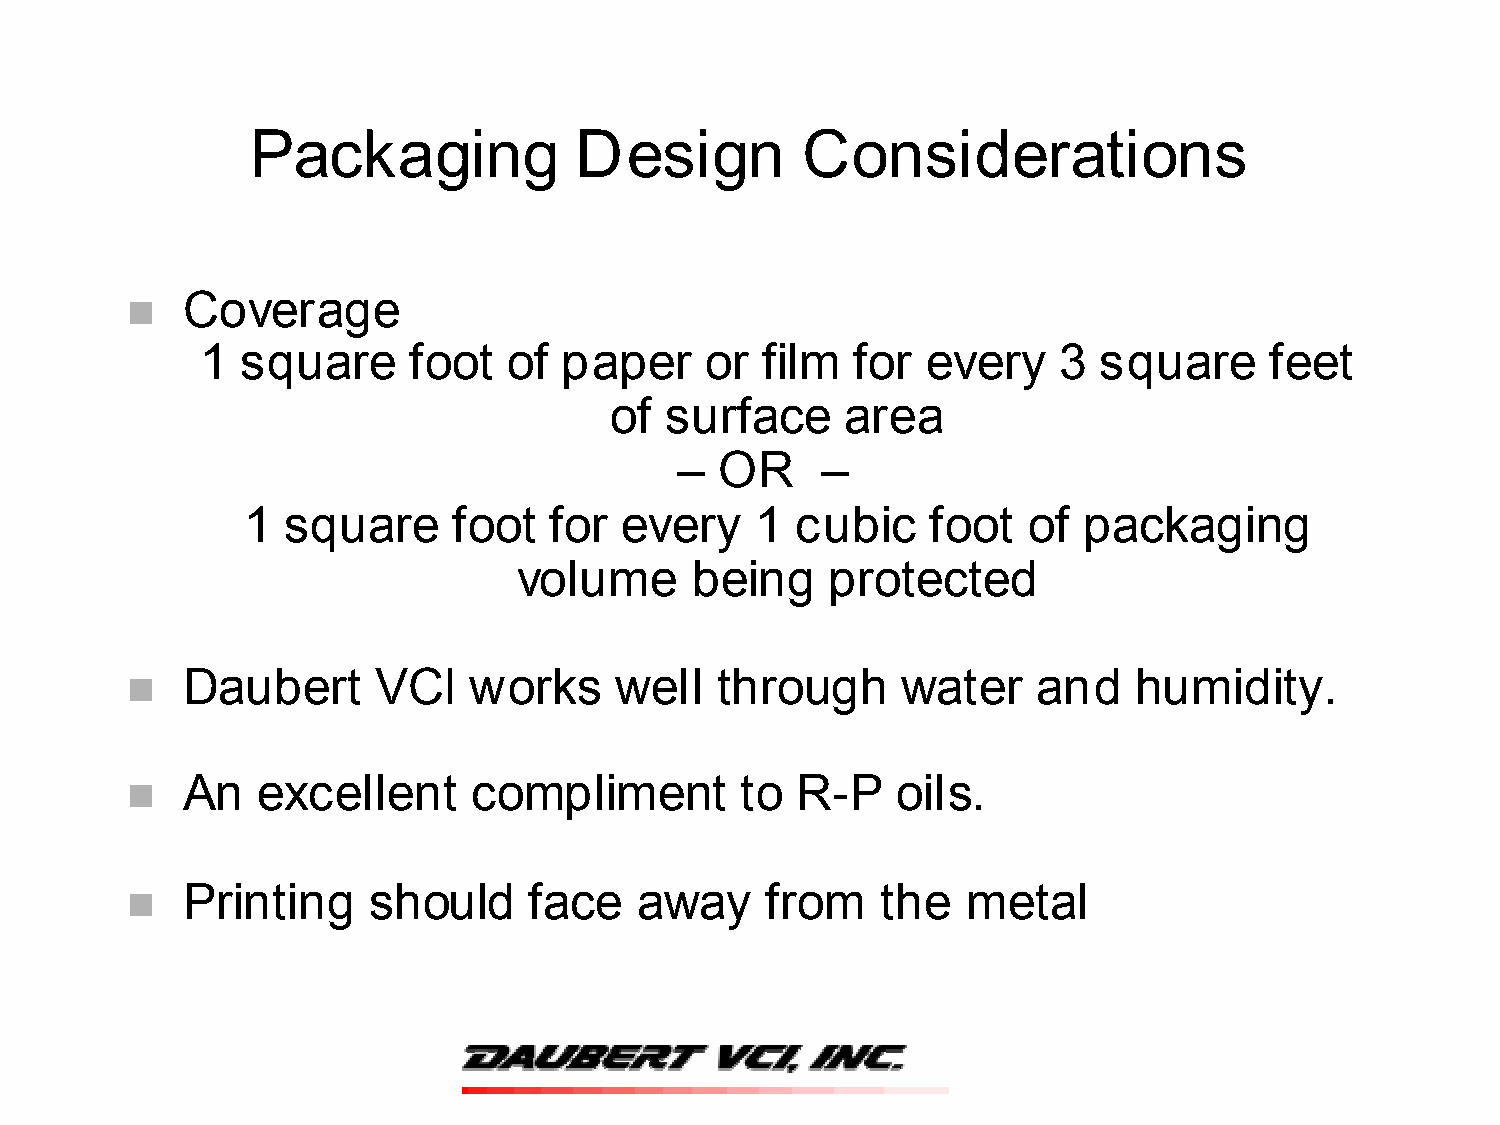
Packaging            Design         Considerations
 !   Coverage
 1  square     foot   of paper     or film   for every    3  square     feet
 of  surface     area
 –  OR    –
 1  square     foot  for  every    1  cubic    foot  of  packaging
 volume      being    protected
 !   Daubert      VCI   works     well  through      water    and   humidity.
 !   An   excellent     compliment        to  R-P   oils.
 !   Printing    should     face   away     from   the   metal